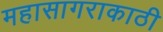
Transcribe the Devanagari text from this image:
महासागराकाठी